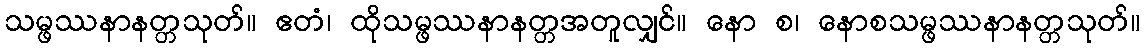
သမ္ဖဿနာနတ္တသုတ်။ ဧတံ၊ ထိုသမ္ဖဿနာနတ္တအတူလျှင်။ နော စ၊ နောစသမ္ဖဿနာနတ္တသုတ်။